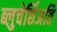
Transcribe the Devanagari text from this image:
ब्लुचेर्छिअति